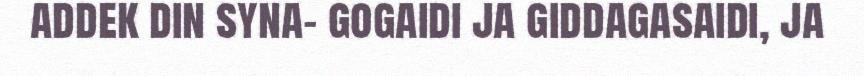
addek din syna- gogaidi ja giddagasaidi, ja